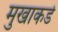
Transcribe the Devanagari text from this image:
मुखाकडे